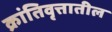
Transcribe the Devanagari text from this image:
क्रांतिवृत्तातील